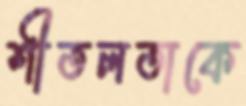
শীতলতাকে